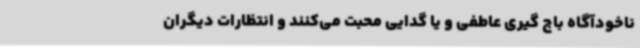
ناخودآگاه باج گیری عاطفی و یا گدایی محبت می‌کنند و انتظارات دیگران